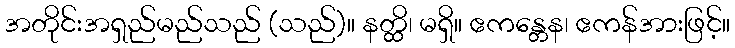
အတိုင်းအရှည်မည်သည် (သည်)။ နတ္ထိ၊ မရှိ။ ဧကန္တေန၊ ဧကန်အားဖြင့်။